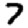
Digit: 7